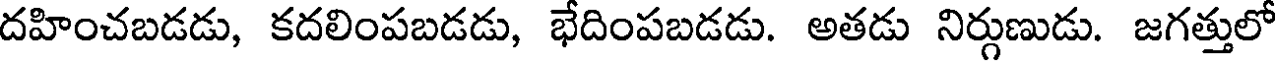
దహించబడడు, కదలింపబడడు, భేదింపబడడు. అతడు నిర్గుణుడు. జగత్తులో